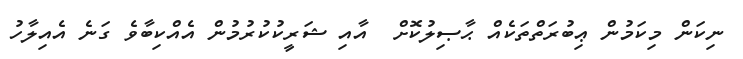
ނިކަން މިކަމުން ޢިބުރަތްތަކެއް ޙާޞިލުކޮށް  އާއި ޝަރީކުކުރުމުން އެއްކިބާވެ ގަނެ އެއިލާހު